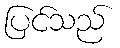
ပြင်သည်